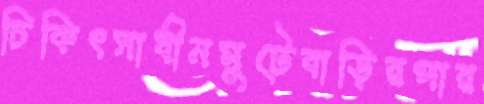
চিকিৎসাধীনমুটেবাড়িরপার